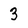
Character: 3